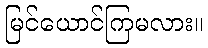
မြင်ယောင်ကြမလား။